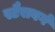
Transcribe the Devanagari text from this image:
स्टैसबर्ग